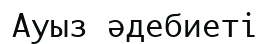
Ауыз әдебиеті